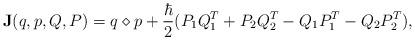
LaTeX: \begin{align*} {\bf J}(q, p, Q, P) = q \diamond p + \frac{\hbar}{2}(P_{1}Q_{1}^{T} + P_{2}Q_{2}^{T} - Q_{1}P_{1}^{T} - Q_{2}P_{2}^{T}), \end{align*}